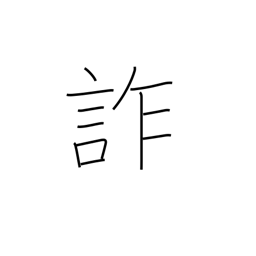
Meaning: deceive